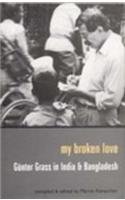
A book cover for My Broken Love: Gunter Grass in India and Bangladesh; Travel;